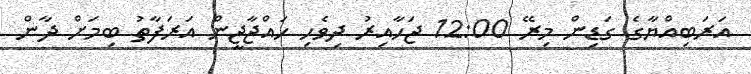
އަރަބިއްޔާގެ ގަޑިން މިރޭ 12:00 ޖަހާއިރު ދިވެހި ހައްޖާޖީން އަރަފާތު ބިމަށް ދާން